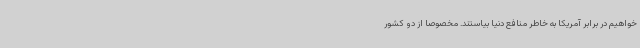
خواهیم در برابر آمریکا به خاطر منافع دنیا بیاستند. مخصوصا از دو کشور